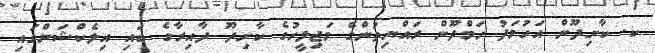
ކ. ކާށިދޫން އަހުމަދު ހަމްދޫން ރައްޔިތުންގެ މަޖިލީހުގެ ކާށިދޫ ދާއިރާގެ ބައި އިލެކްޝަންގައި